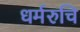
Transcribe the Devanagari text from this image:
धर्मरुचि